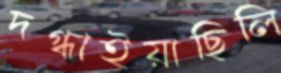
দগ্ধাইয়াছিলি